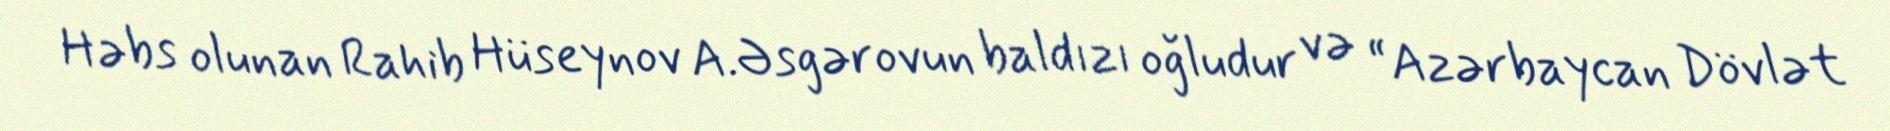
Həbs olunan Rahib Hüseynov A.Əsgərovun baldızı oğludur və “Azərbaycan Dövlət